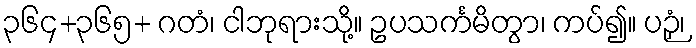
၃၆၄+၃၆၅+ ဂတံ၊ ငါဘုရားသို့။ ဥပသင်္ကမိတွာ၊ ကပ်၍။ ပဉှံ၊